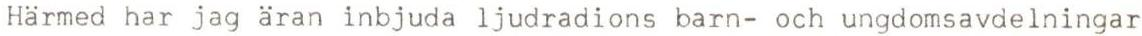
Härmed har jag äran inbjuda ljudradions barn- och ungdomsavdelningar